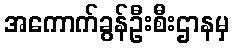
အကောက်ခွန်ဦးစီးဌာနမှ